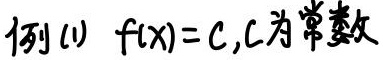
例(1) $f(x)=C$, $C$为常数